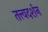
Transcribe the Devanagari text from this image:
तत्त्वदर्शन